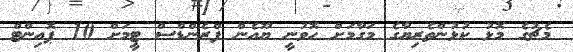
މެޗުގެ މޮޅު ކުޅުންތެރިޔާގެ މަގާމަށް ހޮވުނީ ޔޫއެން ފްރެންޑްސް ޓީމަށް 10 ޕޮއިންޓް